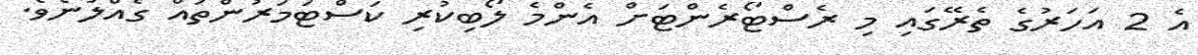
އެ 2 އަހަރުގެ ތެރޭގައި މި ރެސްޓޯރެންޓަށް އެންމެ ލޯބިކުރި ކަސްޓަމަރުންތައް ގެއްލުނެވެ.